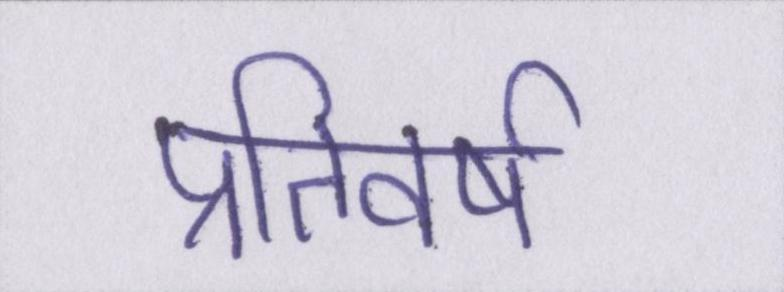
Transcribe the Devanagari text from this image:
प्रतिवर्ष